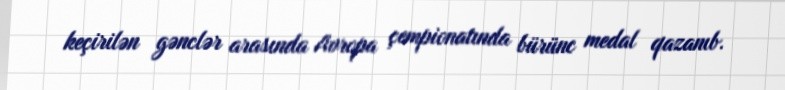
keçirilən gənclər arasında Avropa çempionatında bürünc medal qazanıb.